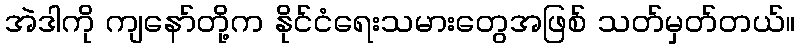
အဲဒါကို ကျနော်တို့က နိုင်ငံရေးသမားတွေအဖြစ် သတ်မှတ်တယ်။